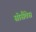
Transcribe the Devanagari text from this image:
सोसैतेस